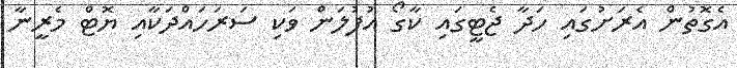
އެގޮތުން އެރަށުގައި ހަދާ ޖެޓީގައި ކާގޯ އުފުލަން ވަކި ސަރަހައްދަކާއި ޔޮޓް މެރީނާ